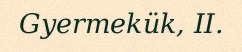
Gyermekük, II.